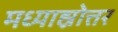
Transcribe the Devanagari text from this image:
मध्याह्नोत्तर